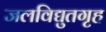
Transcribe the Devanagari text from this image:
जलविद्युतगृह